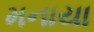
મનાયા